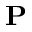
\textbf { P }